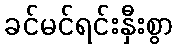
ခင်မင်ရင်းနှီးစွာ